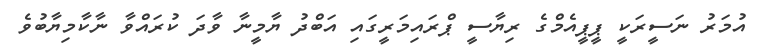
އުމަރު ނަސީރަކީ ޕީޕީއެމްގެ ރިޔާސީ ޕްރައިމަރީގައި އަބްދު ޔާމީނާ ވާދަ ކުރައްވާ ނާކާމިޔާބުވެ